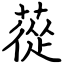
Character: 蓯